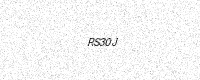
Text: RS30J